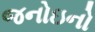
જનોઇનો